Leaving Certificate Examination, 1924
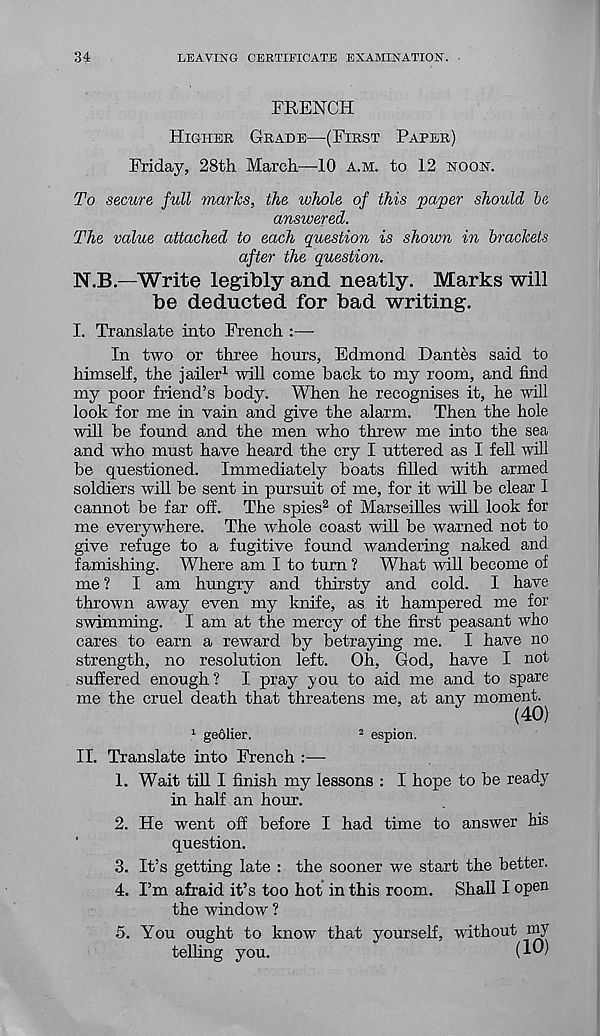
34
LEAVING CERTIFICATE EXAMINATION.
FRENCH
Higher Grade—(First Paper)
Friday, 28th March—10 a.m. to 12 noon.
To secure, full marks, the whole of this paper should be
answered.
The value attached to each question is shown in brackets
after the question.
N.B.—Write legibly and neatly. Marks will
be deducted for bad writing.
I. Translate into French :—
In two or three hours, Edmond Dantes said to
himself, the jailer 1 will come back to my room, and find
my poor friend’s body. When he recognises it, he will
look for me in vain and give the alarm. Then the hole
will he found and the men who threw me into the sea
and who must have heard the cry I uttered as I fell will
he questioned. Immediately boats filled with armed
soldiers will be sent in pursuit of me, for it will be clear I
cannot be far off. The spies 2 of Marseilles will look for
me everywhere. The whole coast will be warned not to
give refuge to a fugitive found wandering naked and
famishing. Where am I to turn ? What will become of
me ? I am hungry and thirsty and cold. I have
thrown away even my knife, as it hampered me for
swimming. I am at the mercy of the first peasant who
cares to earn a reward by betraying me. I have no
strength, no resolution left. Oh, God, have I not
suffered enough ? I pray you to aid me and to spare
me the cruel death that threatens me, at any moment.
(40)
1 geolier.
2 espion.
II. Translate into French :—
1. Wait till I finish my lessons : I hope to be ready
in half an hour.
2. He went off before I had time to answer his
question.
3. It’s getting late : the sooner we start the better.
4. I’m afraid it’s too hot in this room. Shall I open
the window ?
5. You ought to know that yourself, without my
telling you.
(10)